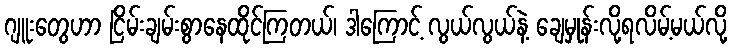
ဂျူးတွေဟာ ငြိမ်းချမ်းစွာနေထိုင်ကြတယ်၊ ဒါကြောင့် လွယ်လွယ်နဲ့ ချေမှုန်းလို့ရလိမ့်မယ်လို့